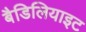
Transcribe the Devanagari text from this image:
बैडिलियाइट